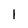
Character: 1